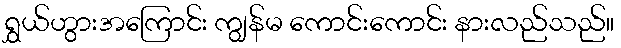
ရွှယ်ဟွားအကြောင်း ကျွန်မ ကောင်းကောင်း နားလည်သည်။